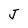
Character: J